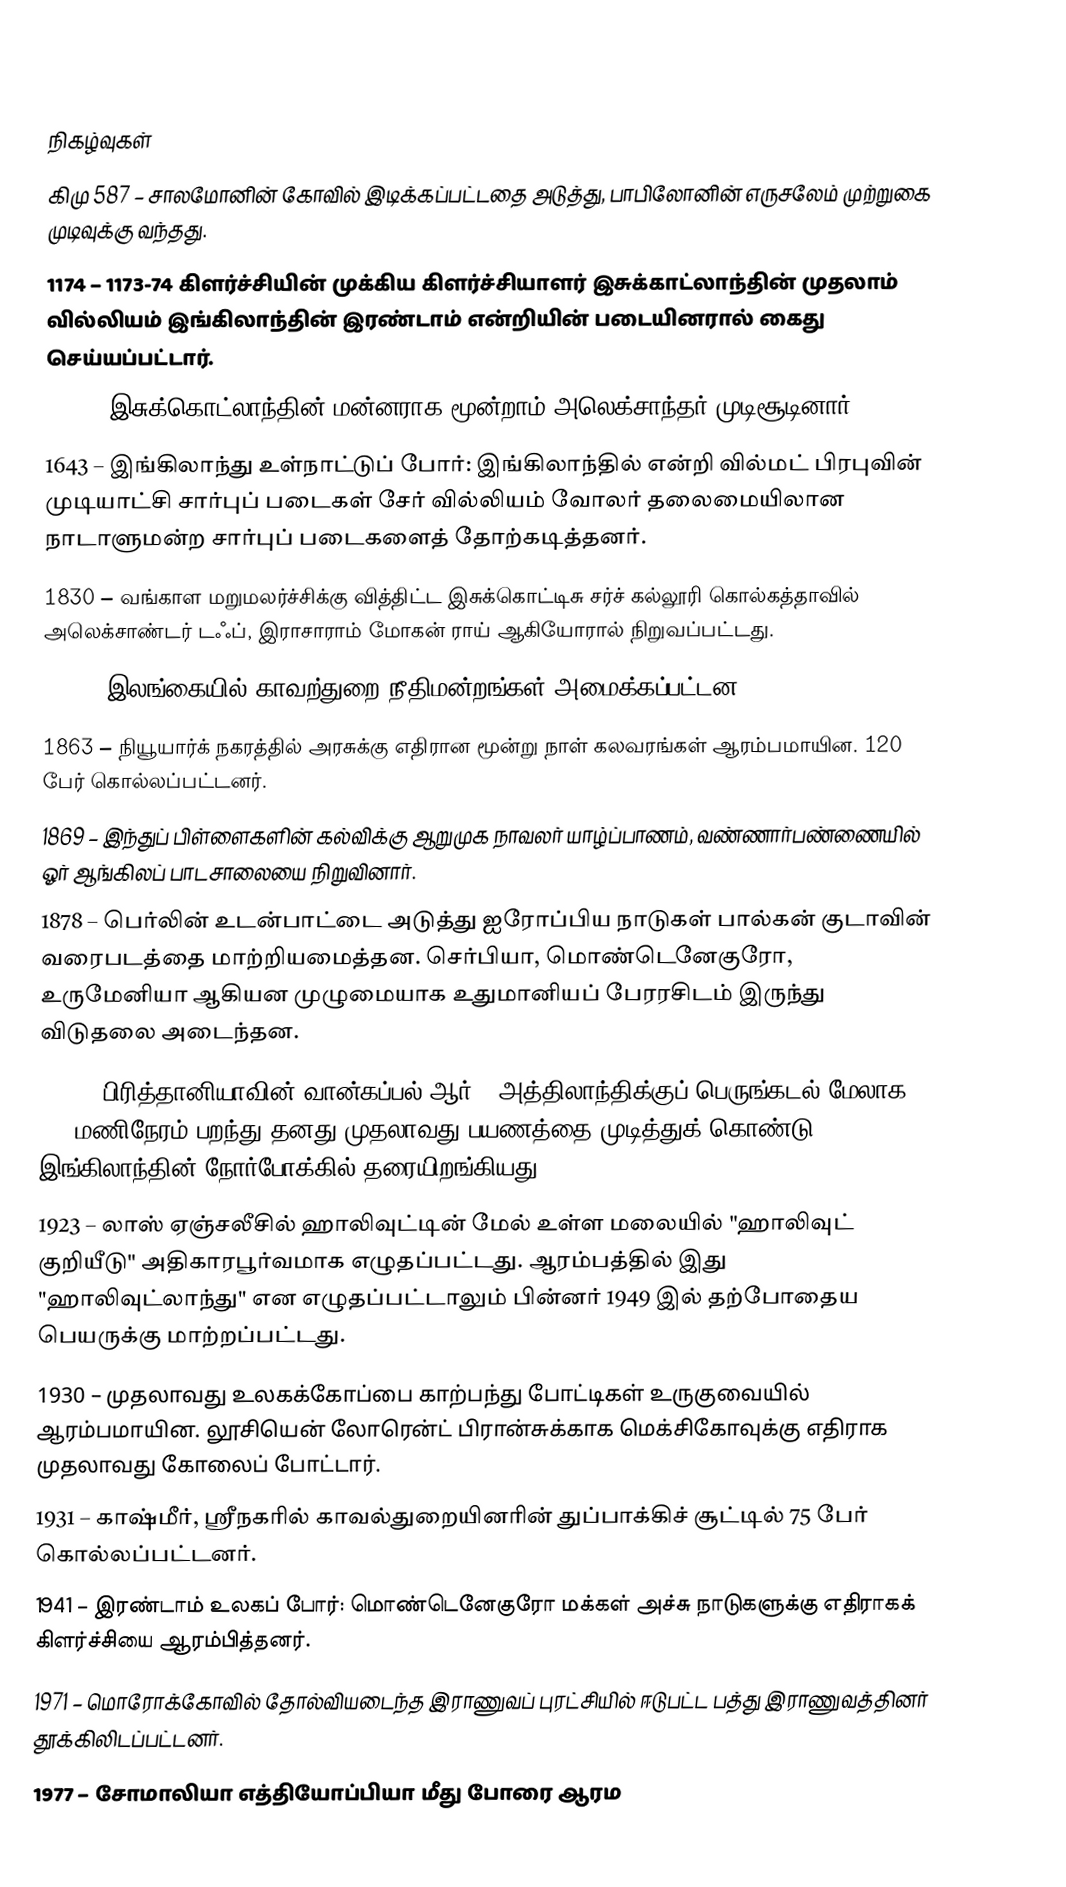

நிகழ்வுகள்
கிமு 587 – சாலமோனின் கோவில் இடிக்கப்பட்டதை அடுத்து, பாபிலோனின் எருசலேம் முற்றுகை முடிவுக்கு வந்தது.
1174 – 1173-74 கிளர்ச்சியின் முக்கிய கிளர்ச்சியாளர் இசுக்காட்லாந்தின் முதலாம் வில்லியம் இங்கிலாந்தின் இரண்டாம் என்றியின் படையினரால் கைது செய்யப்பட்டார்.
1249 – இசுக்கொட்லாந்தின் மன்னராக மூன்றாம் அலெக்சாந்தர் முடிசூடினார்.
1643 – இங்கிலாந்து உள்நாட்டுப் போர்: இங்கிலாந்தில் என்றி வில்மட் பிரபுவின் முடியாட்சி சார்புப் படைகள் சேர் வில்லியம் வோலர் தலைமையிலான நாடாளுமன்ற சார்புப் படைகளைத் தோற்கடித்தனர்.
1830 – வங்காள மறுமலர்ச்சிக்கு வித்திட்ட இசுக்கொட்டிசு சர்ச் கல்லூரி கொல்கத்தாவில் அலெக்சாண்டர் டஃப், இராசாராம் மோகன் ராய் ஆகியோரால் நிறுவப்பட்டது.
1844 – இலங்கையில் காவற்துறை நீதிமன்றங்கள் அமைக்கப்பட்டன.
1863 – நியூயார்க் நகரத்தில் அரசுக்கு எதிரான மூன்று நாள் கலவரங்கள் ஆரம்பமாயின. 120 பேர் கொல்லப்பட்டனர்.
1869 – இந்துப் பிள்ளைகளின் கல்விக்கு ஆறுமுக நாவலர் யாழ்ப்பாணம், வண்ணார்பண்ணையில் ஓர் ஆங்கிலப் பாடசாலையை நிறுவினார்.
1878 – பெர்லின் உடன்பாட்டை அடுத்து ஐரோப்பிய நாடுகள் பால்கன் குடாவின் வரைபடத்தை மாற்றியமைத்தன. செர்பியா, மொண்டெனேகுரோ, உருமேனியா ஆகியன முழுமையாக உதுமானியப் பேரரசிடம் இருந்து விடுதலை அடைந்தன.
1919 – பிரித்தானியாவின் வான்கப்பல் ஆர்34 அத்திலாந்திக்குப் பெருங்கடல் மேலாக 182 மணிநேரம் பறந்து தனது முதலாவது பயணத்தை முடித்துக் கொண்டு இங்கிலாந்தின் நோர்போக்கில் தரையிறங்கியது.
1923 – லாஸ் ஏஞ்சலீசில் ஹாலிவுட்டின் மேல் உள்ள மலையில் "ஹாலிவுட் குறியீடு" அதிகாரபூர்வமாக எழுதப்பட்டது. ஆரம்பத்தில் இது "ஹாலிவுட்லாந்து" என எழுதப்பட்டாலும் பின்னர் 1949 இல் தற்போதைய பெயருக்கு மாற்றப்பட்டது.
1930 – முதலாவது உலகக்கோப்பை காற்பந்து போட்டிகள் உருகுவையில் ஆரம்பமாயின. லூசியென் லோரென்ட் பிரான்சுக்காக மெக்சிகோவுக்கு எதிராக முதலாவது கோலைப் போட்டார்.
1931 – காஷ்மீர், ஸ்ரீநகரில் காவல்துறையினரின் துப்பாக்கிச் சூட்டில் 75 பேர் கொல்லப்பட்டனர்.
1941 – இரண்டாம் உலகப் போர்: மொண்டெனேகுரோ மக்கள் அச்சு நாடுகளுக்கு எதிராகக் கிளர்ச்சியை ஆரம்பித்தனர்.
1971 – மொரோக்கோவில் தோல்வியடைந்த இராணுவப் புரட்சியில் ஈடுபட்ட பத்து இராணுவத்தினர் தூக்கிலிடப்பட்டனர்.
1977 – சோமாலியா எத்தியோப்பியா மீது போரை ஆரம